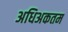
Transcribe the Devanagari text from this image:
अधिअकतम